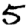
Digit: 5